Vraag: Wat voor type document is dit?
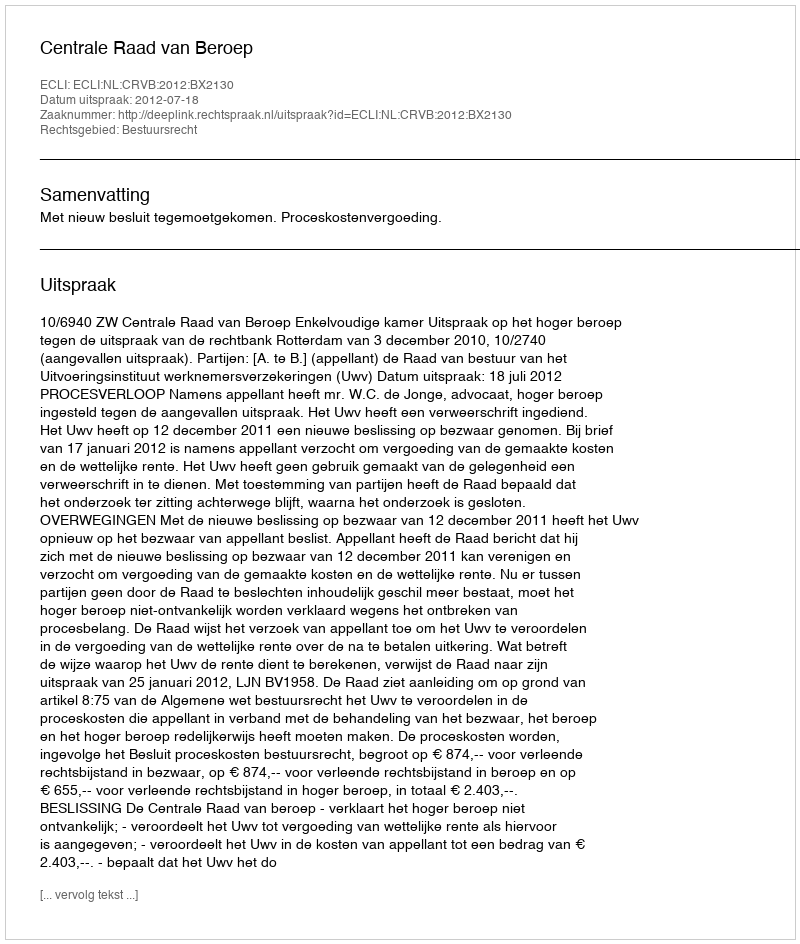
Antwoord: Uitspraak